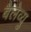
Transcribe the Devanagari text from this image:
बैलेव्यु